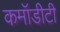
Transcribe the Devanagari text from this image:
कमॉडीटी